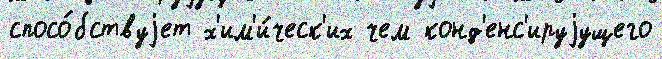
спосо́бствуjет х'им'и́ческ'их чем конд'енс'ируjущего